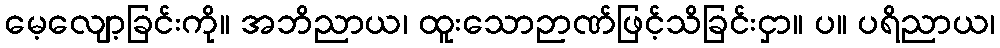
မေ့လျော့ခြင်းကို။ အဘိညာယ၊ ထူးသောဉာဏ်ဖြင့်သိခြင်းငှာ။ ပ။ ပရိညာယ၊